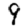
Digit: 9